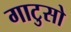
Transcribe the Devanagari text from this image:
गाटुसो